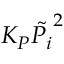
K _ { P } \tilde { P _ { i } } ^ { 2 }